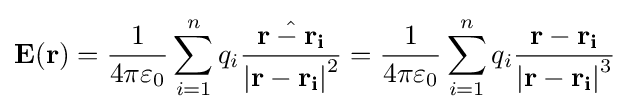
\mathbf {E} (\mathbf {r} )={1 \over 4\pi \varepsilon _{0}}\sum _{i=1}^{n}q_{i}{{\hat {\mathbf {r-r_{i}} }} \over {|\mathbf {r-r_{i}} |}^{2}}={1 \over 4\pi \varepsilon _{0}}\sum _{i=1}^{n}q_{i}{\mathbf {r-r_{i}}  \over {|\mathbf {r-r_{i}} |}^{3}}